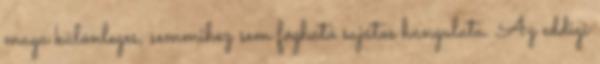
maga különleges, semmihez sem fogható sajátos hangulata. Az eddigi